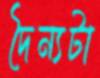
দৈন্যটা